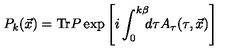
P _ { k } ( \vec { x } ) = \mathrm { T r } P \exp \left[ i \int _ { 0 } ^ { k \beta } \! \! \! d \tau A _ { \tau } ( \tau , \vec { x } ) \right]